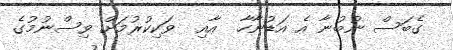
ގެބަސް ނުބުނާ އެ އަޑުނާހާ  އާއި  ވަކިކުރުމަށް ވިސްނުމުގެ